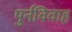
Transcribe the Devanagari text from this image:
पुर्नविवाह